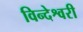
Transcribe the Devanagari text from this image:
विन्देश्वरी